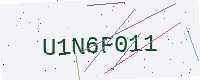
Text: U1N6F011